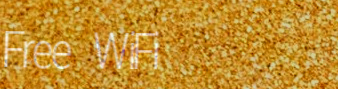
Free WiFi